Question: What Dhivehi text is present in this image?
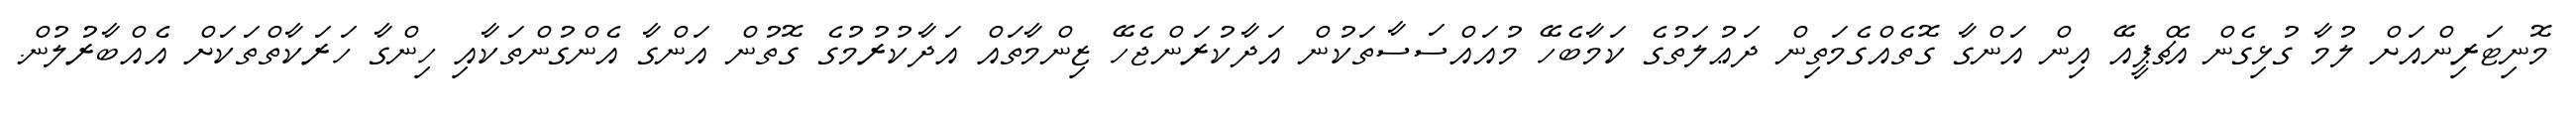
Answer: މޮނިޓަރިންއަށް ލުމާ ގުޅިގެން އެޗްޕީއޭ އިން އަންގާ ގޮތެއްގެމަތިން ދަޢުލަތުގެ ކަމާބެހޭ މުއައްސަސާތަކުން އަދާކުރަންޖެހޭ ޒިންމާތައް އަދާކުރުމުގެ ގޮތުން އަންގާ އެންގުންތަކާއި ހިންގާ ހަރަކާތްތަކަށް އެއްބާރުލުން.